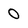
Character: 0